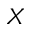
X